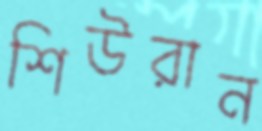
শিউরান